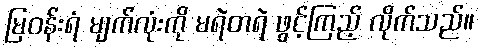
မြဝန်းရံ မျက်လုံးကို မရဲတရဲ ဖွင့်ကြည့် လိုက်သည်။